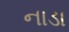
નાડા